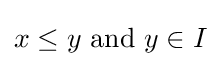
x\leq y{\text{ and }}y\in I